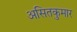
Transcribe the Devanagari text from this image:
असितकुमार